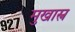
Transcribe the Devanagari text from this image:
मुखास्त्र